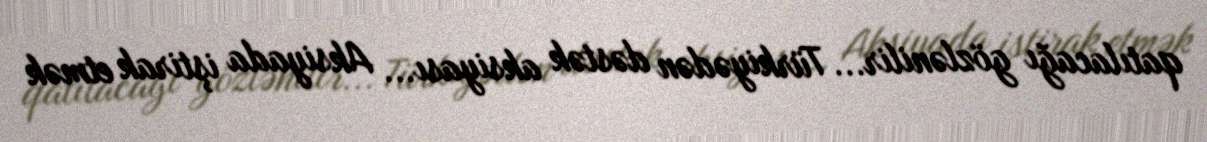
qatılacağı gözlənilir... Türkiyədən dəstək aksiyası... Aksiyada iştirak etmək